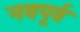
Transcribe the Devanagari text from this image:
नवपूर्व